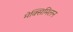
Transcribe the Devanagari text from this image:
मेक्सिमिलन